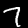
Label: 7